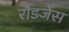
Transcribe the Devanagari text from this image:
रौडजेंस